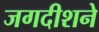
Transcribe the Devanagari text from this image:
जगदीशने